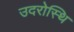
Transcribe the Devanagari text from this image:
उदरोस्थि